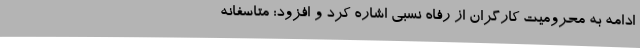
ادامه به محرومیت کارگران از رفاه نسبی اشاره کرد و افزود: متاسفانه